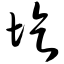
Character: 圪